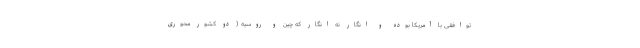
توافقی با آمریکا بوده و انگار نه انگار که چین و روسیه ( دو کشور محوری